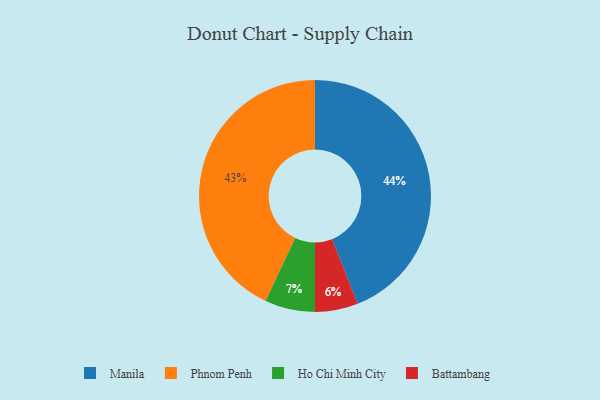
{"axis": {"x": "Category", "y": "Percentage"}, "legend": ["Battambang", "Ho Chi Minh City", "Manila", "Phnom Penh"], "data": [{"x": "Battambang", "y": 6, "type": "Battambang"}, {"x": "Manila", "y": 44, "type": "Manila"}, {"x": "Phnom Penh", "y": 43, "type": "Phnom Penh"}, {"x": "Ho Chi Minh City", "y": 7, "type": "Ho Chi Minh City"}]}